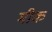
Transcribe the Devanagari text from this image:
मीक